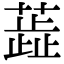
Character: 蕋